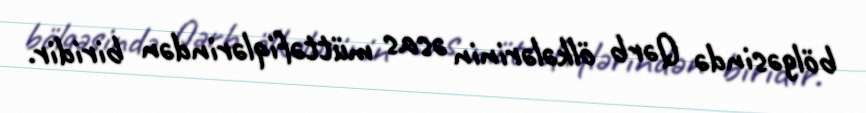
bölgəsində Qərb ölkələrinin əsas müttəfiqlərindən biridir.